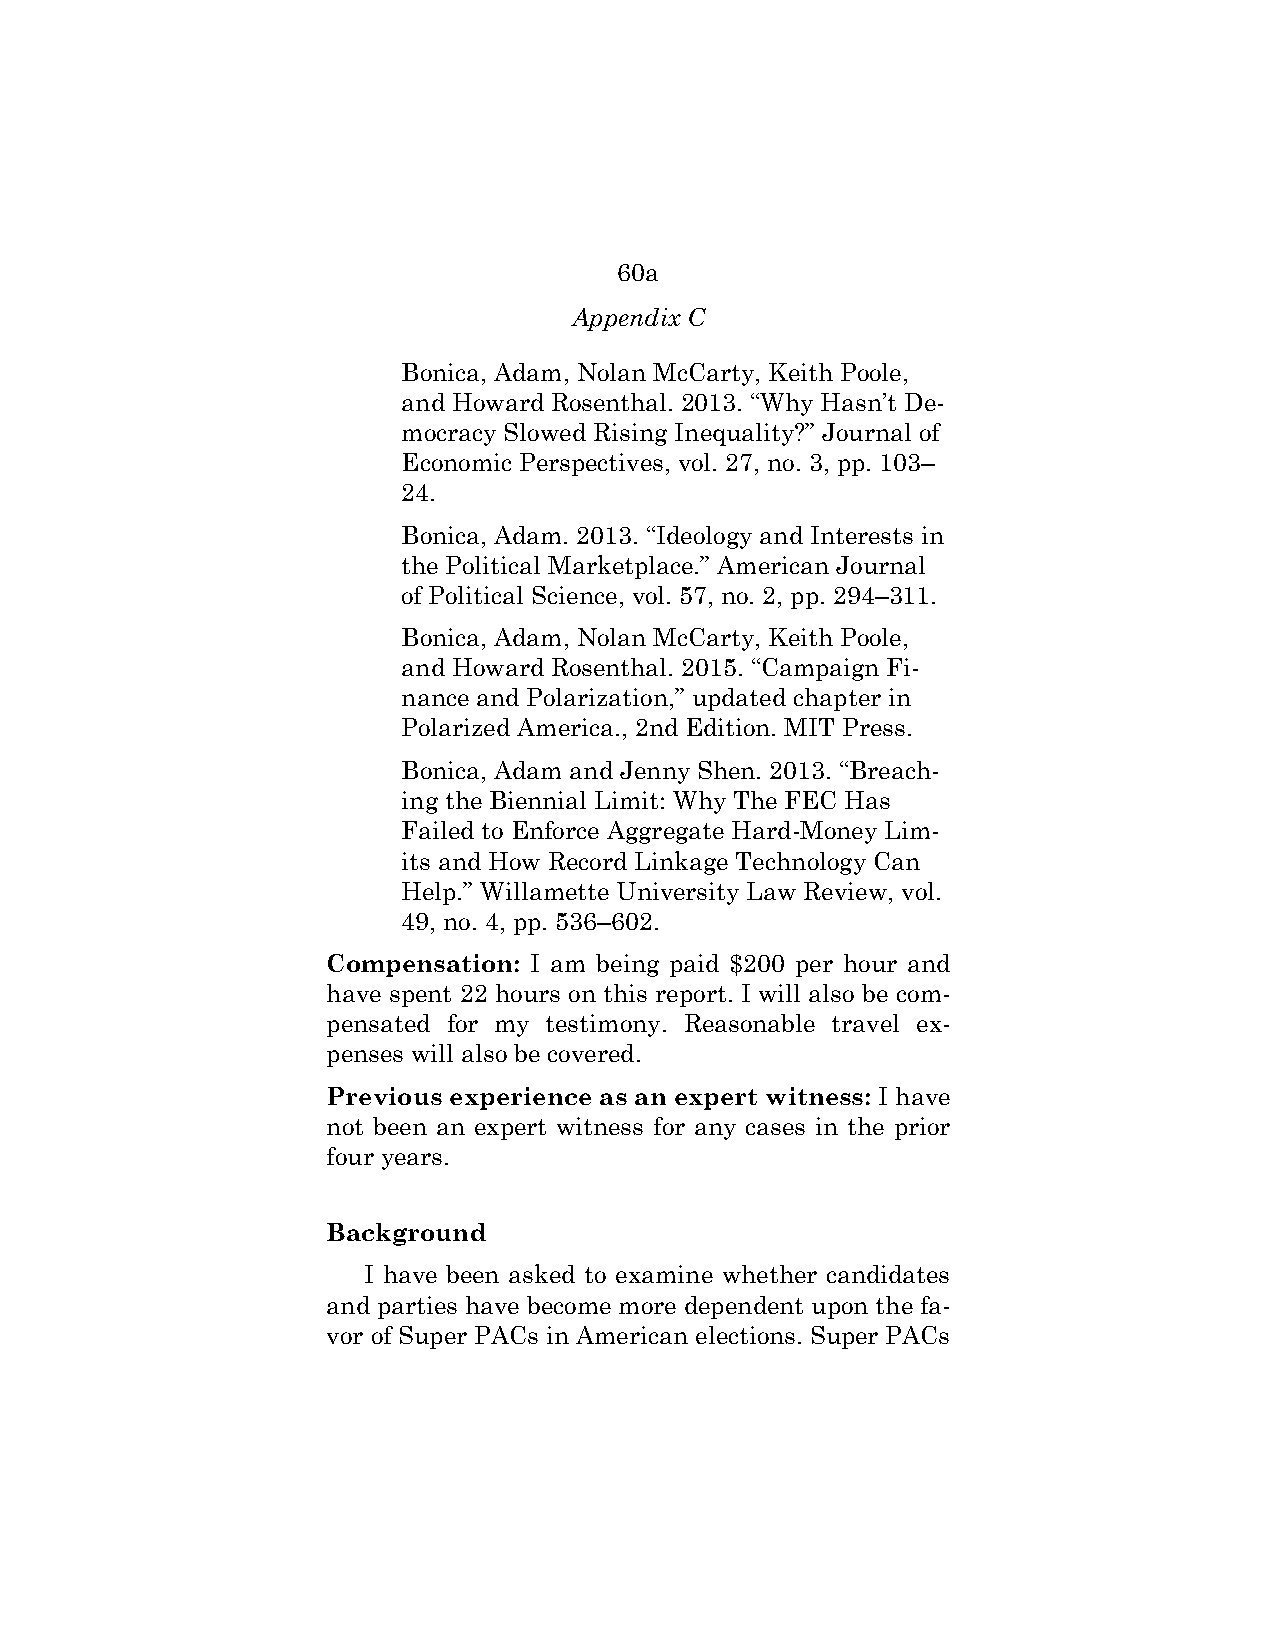
60a
 Appendix C
 Bonica, Adam, Nolan McCarty, Keith Poole,
 and Howard Rosenthal. 2013. “Why Hasn’t De-
 mocracy Slowed Rising Inequality?” Journal of
 Economic Perspectives, vol. 27, no. 3, pp. 103–
 24.
 Bonica, Adam. 2013. “Ideology and Interests in
 the Political Marketplace.” American Journal
 of Political Science, vol. 57, no. 2, pp. 294–311.
 Bonica, Adam, Nolan McCarty, Keith Poole,
 and Howard Rosenthal. 2015. “Campaign Fi-
 nance and Polarization,” updated chapter in
 Polarized America., 2nd Edition. MIT Press.
 Bonica, Adam and Jenny Shen. 2013. “Breach-
 ing the Biennial Limit: Why The FEC Has
 Failed to Enforce Aggregate Hard-Money Lim-
 its and How Record Linkage Technology Can
 Help.” Willamette University Law Review, vol.
 49, no. 4, pp. 536–602.
 Compensation: I am being paid $200 per hour and
 have spent 22 hours on this report. I will also be com-
 pensated for my testimony. Reasonable travel ex-
 penses will also be covered.
 Previous experience as an expert witness: I have
 not been an expert witness for any cases in the prior
 four years.
 Background
 I have been asked to examine whether candidates
 and parties have become more dependent upon the fa-
 vor of Super PACs in American elections. Super PACs